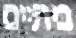
ביתיים